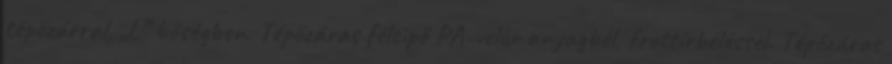
tépőzárral, „L” bőségben. Tépőzáras félcipő PA-velúr anyagból, frottírbéléssel. Tépőzáras